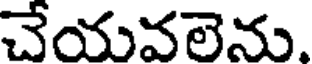
చేయవలెను.